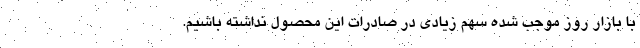
با بازار روز موجب شده سهم زیادی در صادرات این محصول نداشته باشیم.